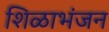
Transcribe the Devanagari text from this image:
शिळाभंजन